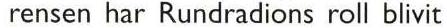
rensen har Rundradions roll blivit